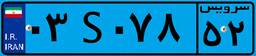
۰۳S۰۷۸۵۲